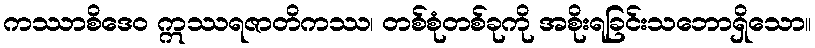
ကဿာစိဒေဝ ဣဿရဇာတိကဿ၊ တစ်စုံတစ်ခုကို အစိုးရခြင်းသဘောရှိသော။